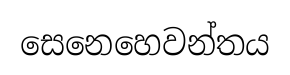
සෙනෙහෙවන්තය